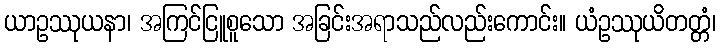
ယာဥဿုယနာ၊ အကြင်ငြူစူသော အခြင်းအရာသည်လည်းကောင်း။ ယံဥဿုယိတတ္တံ၊